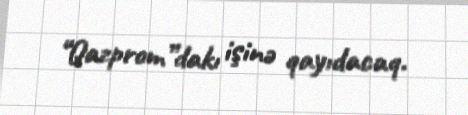
“Qazprom”dakı işinə qayıdacaq.